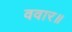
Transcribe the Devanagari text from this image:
ववार॥